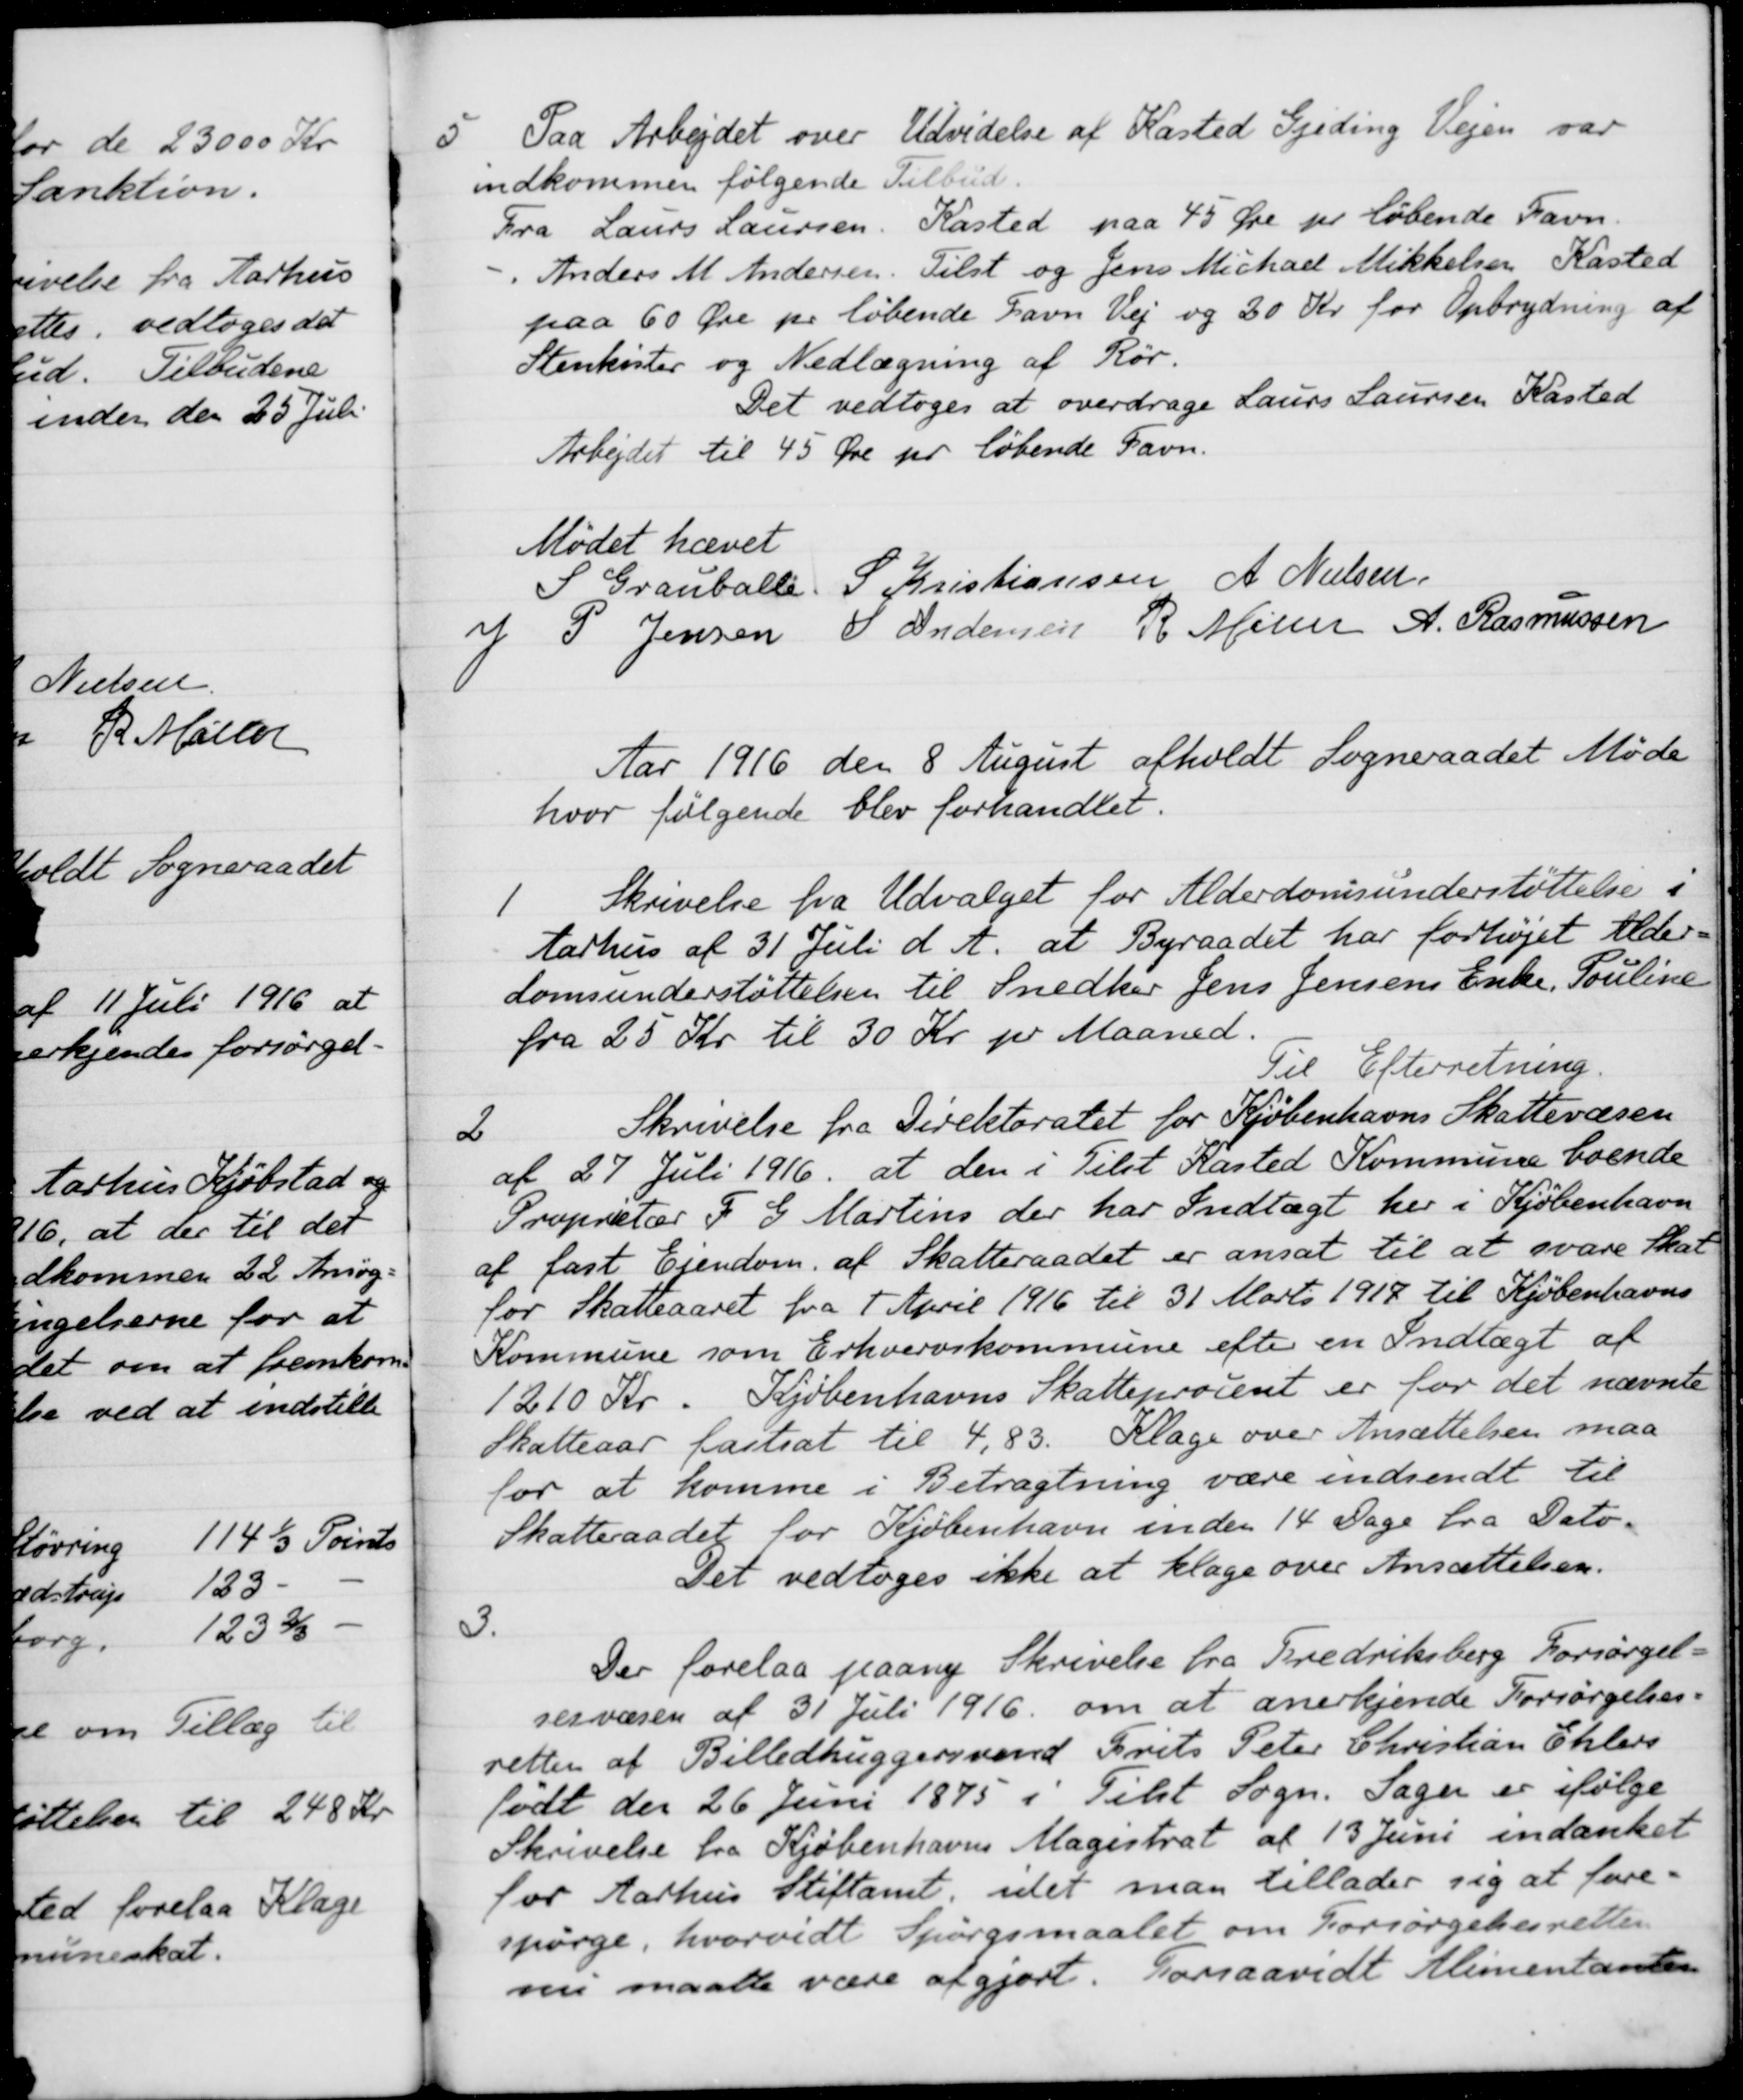
Transskription:
5
Paa Arbejdet over Udvidelse af Kasted Gjeding Vejen var
indkommen følgende Tilbud.
Fra Laurs Laursen, Kasted paa 45 Øre pr løbende Favn
 - Anders M Andersen. Tilst og Jens Michael Mikkelsen Kasted
paa 60 Øre pr. løbende Favn Vej og 20 Kr for Opbrydning af
Stenkister og Nedlægning af Rør.
Det vedtoges at overdrage Laurs Laursen Kasted
Arbejdet til 45 Øre pr løbende Favn.
Mødet hævet
S Grauballe
S Kristiansen
A. Nielsen
J P. Jensen
S Andersen
R Møller
A. Rasmussen
Aar 1916 den 8 August afholdt Sogneraadet Møde
hvor følgende blev forhandlet.
1
Skrivelse fra Udvalget for Alderdomsunderstøttelse i
Aarhus af 31 Juli d. A. at Byraadet har forhøjet Alder-
domsunderstøttelsen til Snedker Jens Jensens Enke, Pouline
fra 25 Kr til 30 Kr pr Maaned.
Til Efterretning
2
Skrivelse fra Direktoratet for Kjøbenhavns Skattevæsen
af 27 Juli 1916 at den i Tilst Kasted Kommune boende
Proprietær F. G. Martins der har Indtægt her i Kjøbenhavn
af fast Ejendom. af Skatteraadet er ansat til at svare Skat
for Skatteaaret fra 1 April 1916 til 31 Marts 1917 til Kjøbenhavns
Kommune som Erhvervskommune efter en Indtægt af
1210 Kr. Kjøbenhavns Skatteprocent er for det nævnte
Skatteaar fastsat til 4,83. Klage over Ansættelsen maa
for at komme i Betragtning være indsendt til
Skatteraadet for Kjøbenhavn inden 14 Dage fra Dato.
Det vedtoges ikke at klage over Ansættelsen.
3.
Der forelaa paany Skrivelse fra Fredriksberg Forsørgel-
sesvæsen af 31 Juli 1916 om at anerkjende Forsørgelses-
retten af Billedhuggersvend Frits Peter Christian Ehlers
født den 26 Juni 1875 i Tilst Sogn. Sager er ifølge
Skrivelse fra Kjøbenhavns Magistrat af 13 Juni indanket
for Aarhus Stiftamt, idet man tillader sig at fore-
spørge, hvorvidt Spørgsmaalet om Forsørgelsesretten
nu maatte være afgjort. Forsaavidt Alimentanten